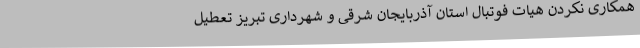
همکاری نکردن هیات فوتبال استان آذربایجان شرقی و شهرداری تبریز تعطیل